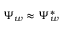
\Psi _ { w } \approx \Psi _ { w } ^ { * }